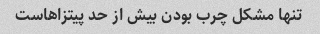
تنها مشکل چرب بودن بیش از حد پیتزاهاست